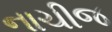
નાચીજ